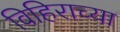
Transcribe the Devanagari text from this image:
विहिराच्या